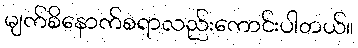
မျက်စိနောက်စရာလည်းကောင်းပါတယ်။